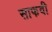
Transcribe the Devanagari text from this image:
साफवी